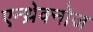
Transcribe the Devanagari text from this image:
एन्थ्रेक्नोज